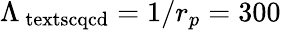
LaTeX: \Lambda_{\mathrm{{\ textsc{qcd}}}}=1/r_{p}=300